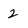
Character: 2